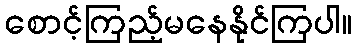
စောင့်ကြည့်မနေနိုင်ကြပါ။